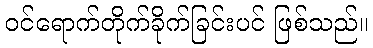
ဝင်ရောက်တိုက်ခိုက်ခြင်းပင် ဖြစ်သည်။